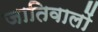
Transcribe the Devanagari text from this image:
जातिवालों